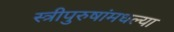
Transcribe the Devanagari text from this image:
स्त्रीपुरुषांमधल्या